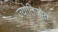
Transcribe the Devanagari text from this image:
ज्योतिजोत